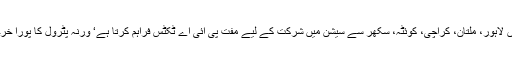
انہیں لاہور، ملتان، کراچی، کوئٹہ، سکھر سے سیشن میں شرکت کے لیے مفت پی آئی اے ٹکٹس فراہم کرتا ہے‘ ورنہ پٹرول کا پورا خرچہ۔